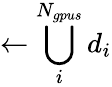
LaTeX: \gets\bigcup_{i}^{N_{gpus}}d_{i}